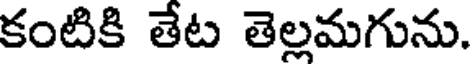
కంటికి తేట తెల్లమగును.